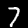
Label: 7